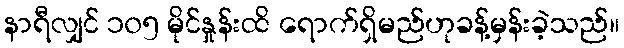
နာရီလျှင် ၁၀၅ မိုင်နှုန်းထိ ရောက်ရှိမည်ဟုခန့်မှန်းခဲ့သည်။